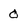
Character: 0